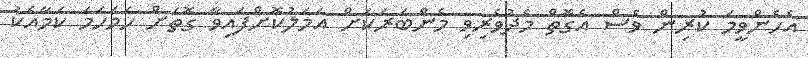
އެހެންވީމަ ކުރިން ވެސް އެގޮތް މެދުވެރިވި މެންބަރަކަށް އަމަލުކޮށްފައިވާ ގޮތަށް ހަމަހަމަ ކަމާއެކު